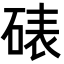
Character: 𪿦